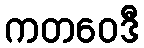
ကတဝေဒီ